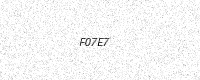
Text: F07E7